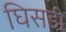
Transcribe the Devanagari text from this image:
घिसडी